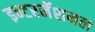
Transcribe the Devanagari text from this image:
इन्टरनॅशनल